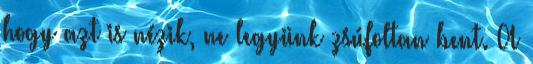
hogy azt is nézik, ne legyünk zsúfoltan bent. A